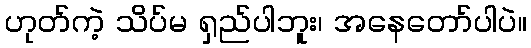
ဟုတ်ကဲ့ သိပ်မ ရှည်ပါဘူး၊ အနေတော်ပါပဲ။